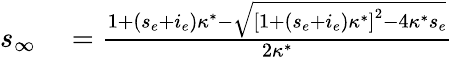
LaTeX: \begin{array}{rl}{s_{\infty}}&{{}=\frac{1+(s_{e}+i_{e})\kappa^{*}-\sqrt{\left[1+(s_{e}+i_{e})\kappa^{*}\right]^{2}-4\kappa^{*}s_{e}}}{2\kappa^{*}}}\end{array}